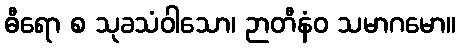
ဓီရော စ သုခသံဝါသော၊ ဉာတီနံဝ သမာဂမော။